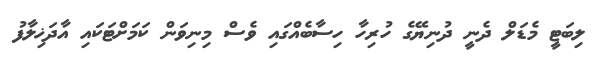
ލިބަޓީ މެޑަލް ދެނީ ދުނިޔޭގެ ހުރިހާ ހިސާބެއްގައި ވެސް މިނިވަން ކަމަށްޓަކައި އާދަޚިލާފު